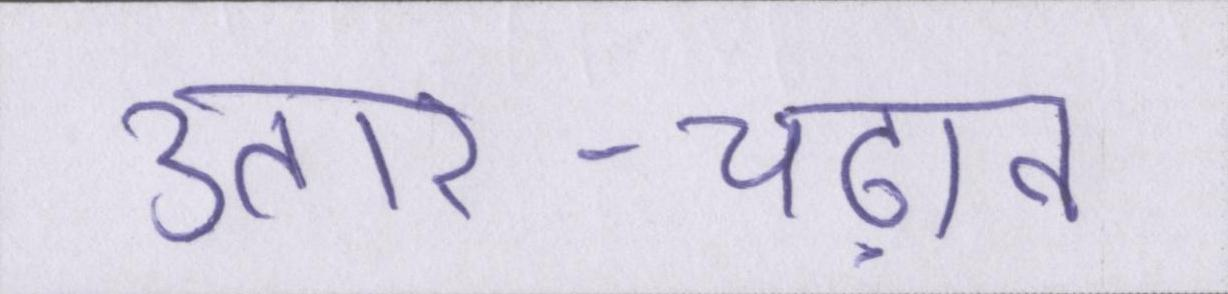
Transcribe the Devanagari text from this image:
उतार-चढ़ाव